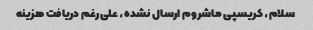
سلام، کریسپی ماشروم ارسال نشده، علی‌رغم دریافت هزینه